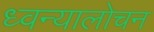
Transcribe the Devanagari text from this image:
ध्वन्यालोचन